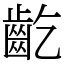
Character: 齕